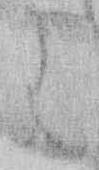
は